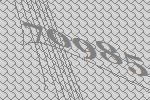
70985